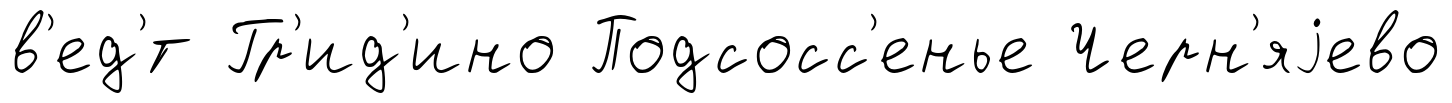
в'ед'́т Гр'ид'ино Подсосс'енье Черн'яjево